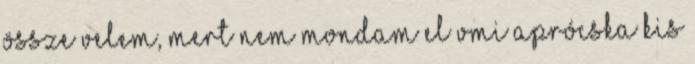
össze velem, mert nem mondam el vmi aprócska kis